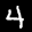
Label: 4